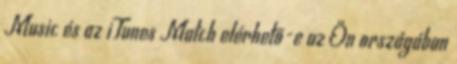
Music és az iTunes Match elérhető-e az Ön országában